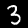
Digit: 3